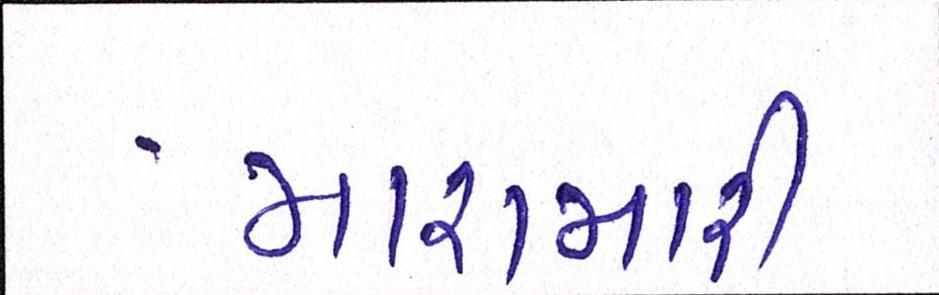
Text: મારામારી